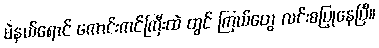
မဲနယ်ရောင် ကောင်းကင်ကြီးထဲ တွင် ကြယ်တွေ လင်းစပြုနေပြီ။